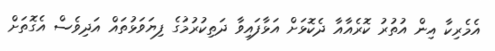
އެމެރިކާ އިން އުތުރު ކޮރެއާއާ ދެކޮޅަށް އަޅާފައިވާ ދަތިކުރުމުގެ ފިޔަވަޅުތައް އަދިވެސް އެގޮތަށް